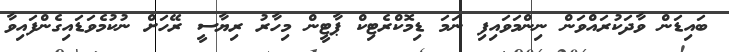
ބައިޑަން ވާދަކުރައްވަން ނިންމަވައިފި ނަމަ ޑިމޮކްރެޓިކް ޕާޓީން މިހާރު ރިޔާސީ ރޭހަށް ނުކުމެވަޑައިގެންފައިވާ